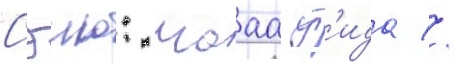
Сэию: мааа ут'ида //